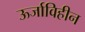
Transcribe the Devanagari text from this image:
ऊर्जाविहीन